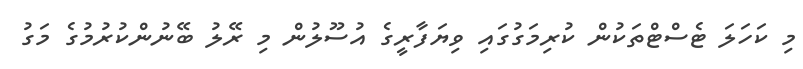
މި ކަހަލަ ޓެސްޓްތަކުން ކުރިމަގުގައި ވިޔަފާރީގެ އުސޫލުން މި ރޭލު ބޭނުންކުރުމުގެ މަގު